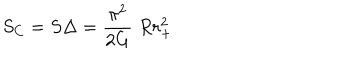
S _ { C } = S \Delta = { \frac { \pi ^ { 2 } } { 2 G } } \; R r _ { + } ^ { 2 }